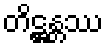
တိဋ္ဌန္တဿ